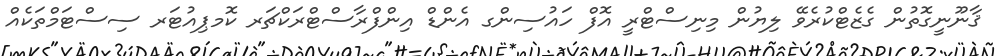
ޤާނޫނީގޮތުން ގެޒެޓްކުރެވޭ ލިޔުން މިނިސްޓްރީ އޮފް ހައުސިންގ އެންޑް އިންފްރާސްޓްރަކްޗަރ ކޮމޕިއުޓަރ ސިސްޓަމްތަކެއް